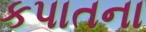
કપાતના